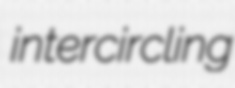
intercircling